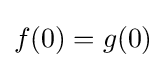
{\textstyle f(0)=g(0)}